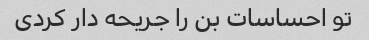
تو احساسات بن را جریحه دار کردی